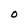
Character: O